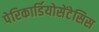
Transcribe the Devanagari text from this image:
पेरिकार्डियोसेंटेसिस